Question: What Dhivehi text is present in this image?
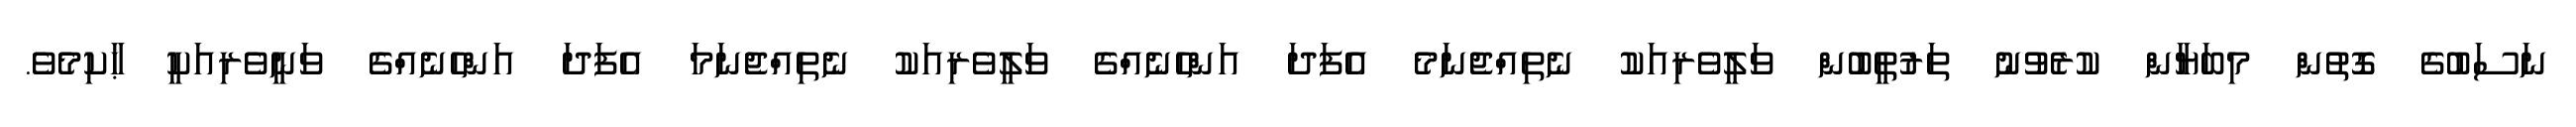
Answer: ނަސަބުގެ ގޮތުން މިބަޔާން ކުރެވުނު ތަރުތީބުން ވަލީވެރިއަކު ނެތިއްޖެނަމެ އެފަދަ އަންހެނެއްގެ ވަލީވެރިއަކު ނެތިއްޖެނަމަ އެފަދަ އަންހެނެއްގެ ވަނީވެރިއަކީ ޙާކިމެވެ.